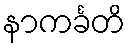
နာကင်္ခတိ